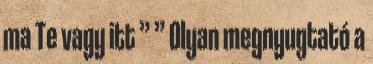
ma Te vagy itt ” ” Olyan megnyugtató a